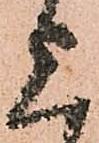
上